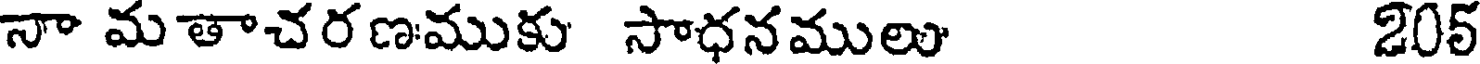
నా మతాచరణముకు సాధనములు 205